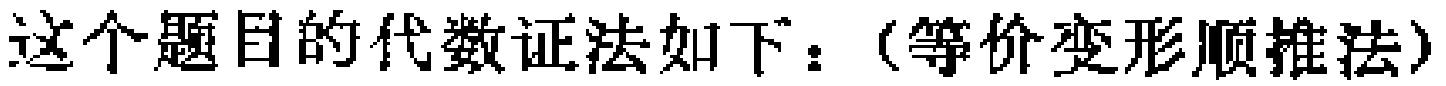
这个题目的代数证法如下：（等价变形顺推法）